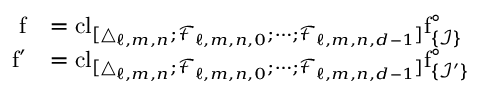
\begin{array} { r l } { \mathrm { f } } & { = \mathrm { c l } _ { [ \triangle _ { \ell , m , n } ; \mathcal { F } _ { \ell , m , n , 0 } ; \cdots ; \mathcal { F } _ { \ell , m , n , d - 1 } ] } \mathrm { f } _ { \{ \mathcal { I } \} } ^ { \circ } } \\ { \mathrm { f } ^ { \prime } } & { = \mathrm { c l } _ { [ \triangle _ { \ell , m , n } ; \mathcal { F } _ { \ell , m , n , 0 } ; \cdots ; \mathcal { F } _ { \ell , m , n , d - 1 } ] } \mathrm { f } _ { \{ \mathcal { I } ^ { \prime } \} } ^ { \circ } } \end{array}